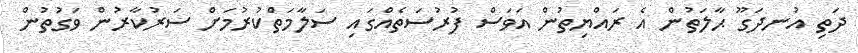
ދަތި އުނދަގޫ ޙާލަތުން އެ ރައްޔިތުން އަވަސް ފުރުސަތެއްގައި ސަލާމަތްކުރުމަށް ސަރުކާރުން ވަގުތުން